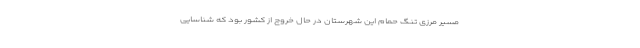
مسیر مرزی تنگ حمام این شهرستان در حال خروج از کشور بود که شناسایی